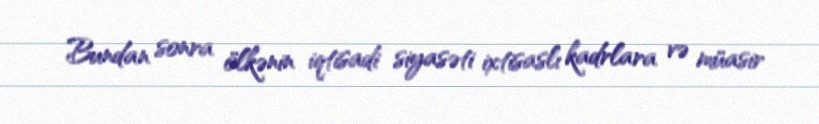
Bundan sonra ölkənin iqtisadi siyasəti ixtisaslı kadrlara və müasir